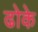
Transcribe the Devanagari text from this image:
ढोके